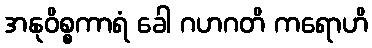
အနုဝိစ္စကာရံ ခေါ ဂဟဂတိ ကရောဟိ